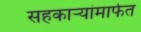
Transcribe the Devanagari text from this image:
सहकार्‍यांमार्फत